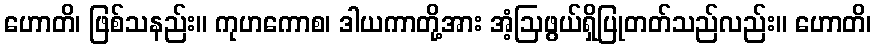
ဟောတိ၊ ဖြစ်သနည်း။ ကုဟကောစ၊ ဒါယကာတို့အား အံ့ဩဖွယ်ရှိပြုတတ်သည်လည်း။ ဟောတိ၊